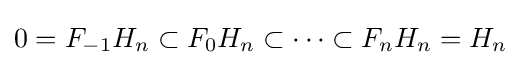
0=F_{-1}H_{n}\subset F_{0}H_{n}\subset \dots \subset F_{n}H_{n}=H_{n}